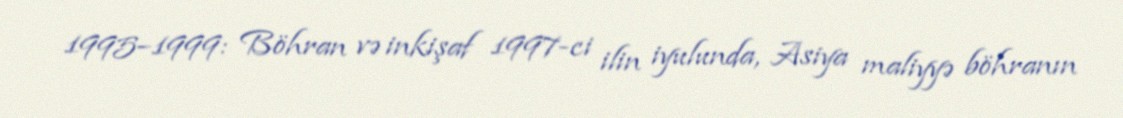
1995–1999: Böhran və inkişaf 1997-ci ilin iyulunda, Asiya maliyyə böhranın